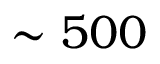
\sim 5 0 0